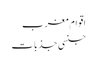
اقوام مغرب
جنسی جذبات